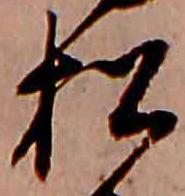
松